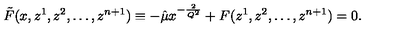
\tilde { F } ( x , z ^ { 1 } , z ^ { 2 } , \ldots , z ^ { n + 1 } ) \equiv - \hat { \mu } x ^ { - \frac { 2 } { Q ^ { 2 } } } + F ( z ^ { 1 } , z ^ { 2 } , \ldots , z ^ { n + 1 } ) = 0 .